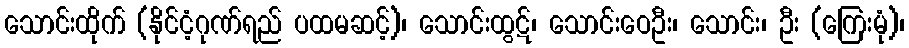
သောင်းထိုက် (နိုင်ငံ့ဂုဏ်ရည် ပထမဆင့်)၊ သောင်းထွဋ်၊ သောင်းဝေဦး၊ သောင်း၊ ဦး (ကြေးမုံ)၊